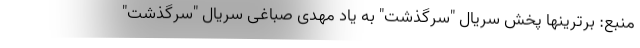
منبع: برترینها پخش سریال "سرگذشت" به یاد مهدی صباغی سریال "سرگذشت"